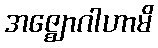
အဇ္ဈောဂါဟာမိ